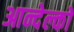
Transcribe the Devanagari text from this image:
आन्देल्को